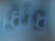
وثق